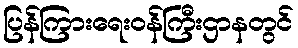
ပြန်ကြားရေးဝန်ကြီးဌာနတွင်